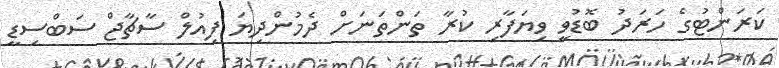
ކަރަންޓުގެ ހަރަދު ބޮޑުވީ ވިޔަފާރި ކުރާ ތަންތަނަށް ދެމުންދިޔަ ފިއުލް ސާޗާޖް ސަބްސިޑީ